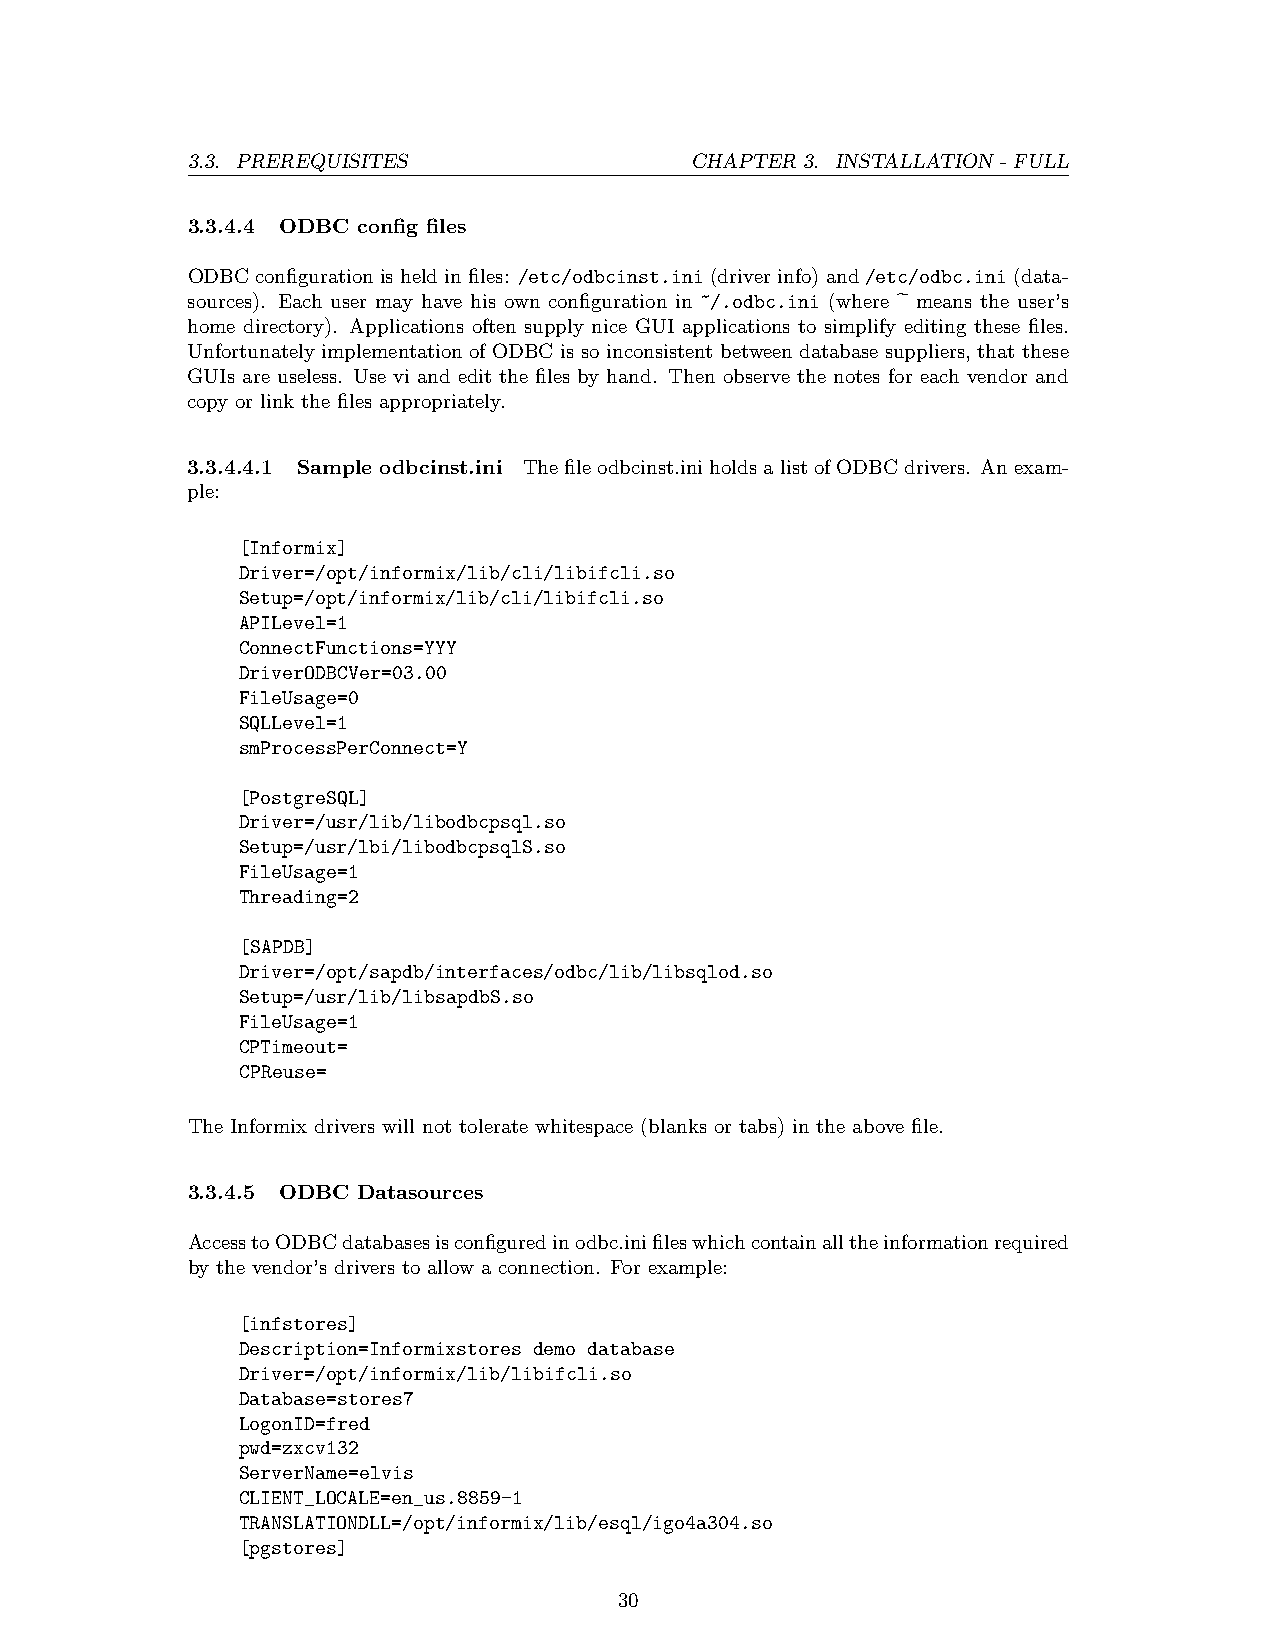
3.3. PREREQUISITES                CHAPTER 3. INSTALLATION - FULL
 3.3.4.4 ODBC config files
 ODBC configuration is held in files: /etc/odbcinst.ini (driver info) and /etc/odbc.ini (data-
 sources). Each user may have his own configuration in ~/.odbc.ini (where ~ means the user’s
 home directory). Applications often supply nice GUI applications to simplify editing these files.
 Unfortunately implementation of ODBC is so inconsistent between database suppliers, that these
 GUIs are useless. Use vi and edit the files by hand. Then observe the notes for each vendor and
 copy or link the files appropriately.
 3.3.4.4.1 Sample odbcinst.ini Thefileodbcinst.iniholdsalistofODBCdrivers. Anexam-
 ple:
 [Informix]
 Driver=/opt/informix/lib/cli/libifcli.so
 Setup=/opt/informix/lib/cli/libifcli.so
 APILevel=1
 ConnectFunctions=YYY
 DriverODBCVer=03.00
 FileUsage=0
 SQLLevel=1
 smProcessPerConnect=Y
 [PostgreSQL]
 Driver=/usr/lib/libodbcpsql.so
 Setup=/usr/lbi/libodbcpsqlS.so
 FileUsage=1
 Threading=2
 [SAPDB]
 Driver=/opt/sapdb/interfaces/odbc/lib/libsqlod.so
 Setup=/usr/lib/libsapdbS.so
 FileUsage=1
 CPTimeout=
 CPReuse=
 The Informix drivers will not tolerate whitespace (blanks or tabs) in the above file.
 3.3.4.5 ODBC Datasources
 AccesstoODBCdatabasesisconfiguredinodbc.inifileswhichcontainalltheinformationrequired
 by the vendor’s drivers to allow a connection. For example:
 [infstores]
 Description=Informixstores demo database
 Driver=/opt/informix/lib/libifcli.so
 Database=stores7
 LogonID=fred
 pwd=zxcv132
 ServerName=elvis
 CLIENT_LOCALE=en_us.8859-1
 TRANSLATIONDLL=/opt/informix/lib/esql/igo4a304.so
 [pgstores]
 30